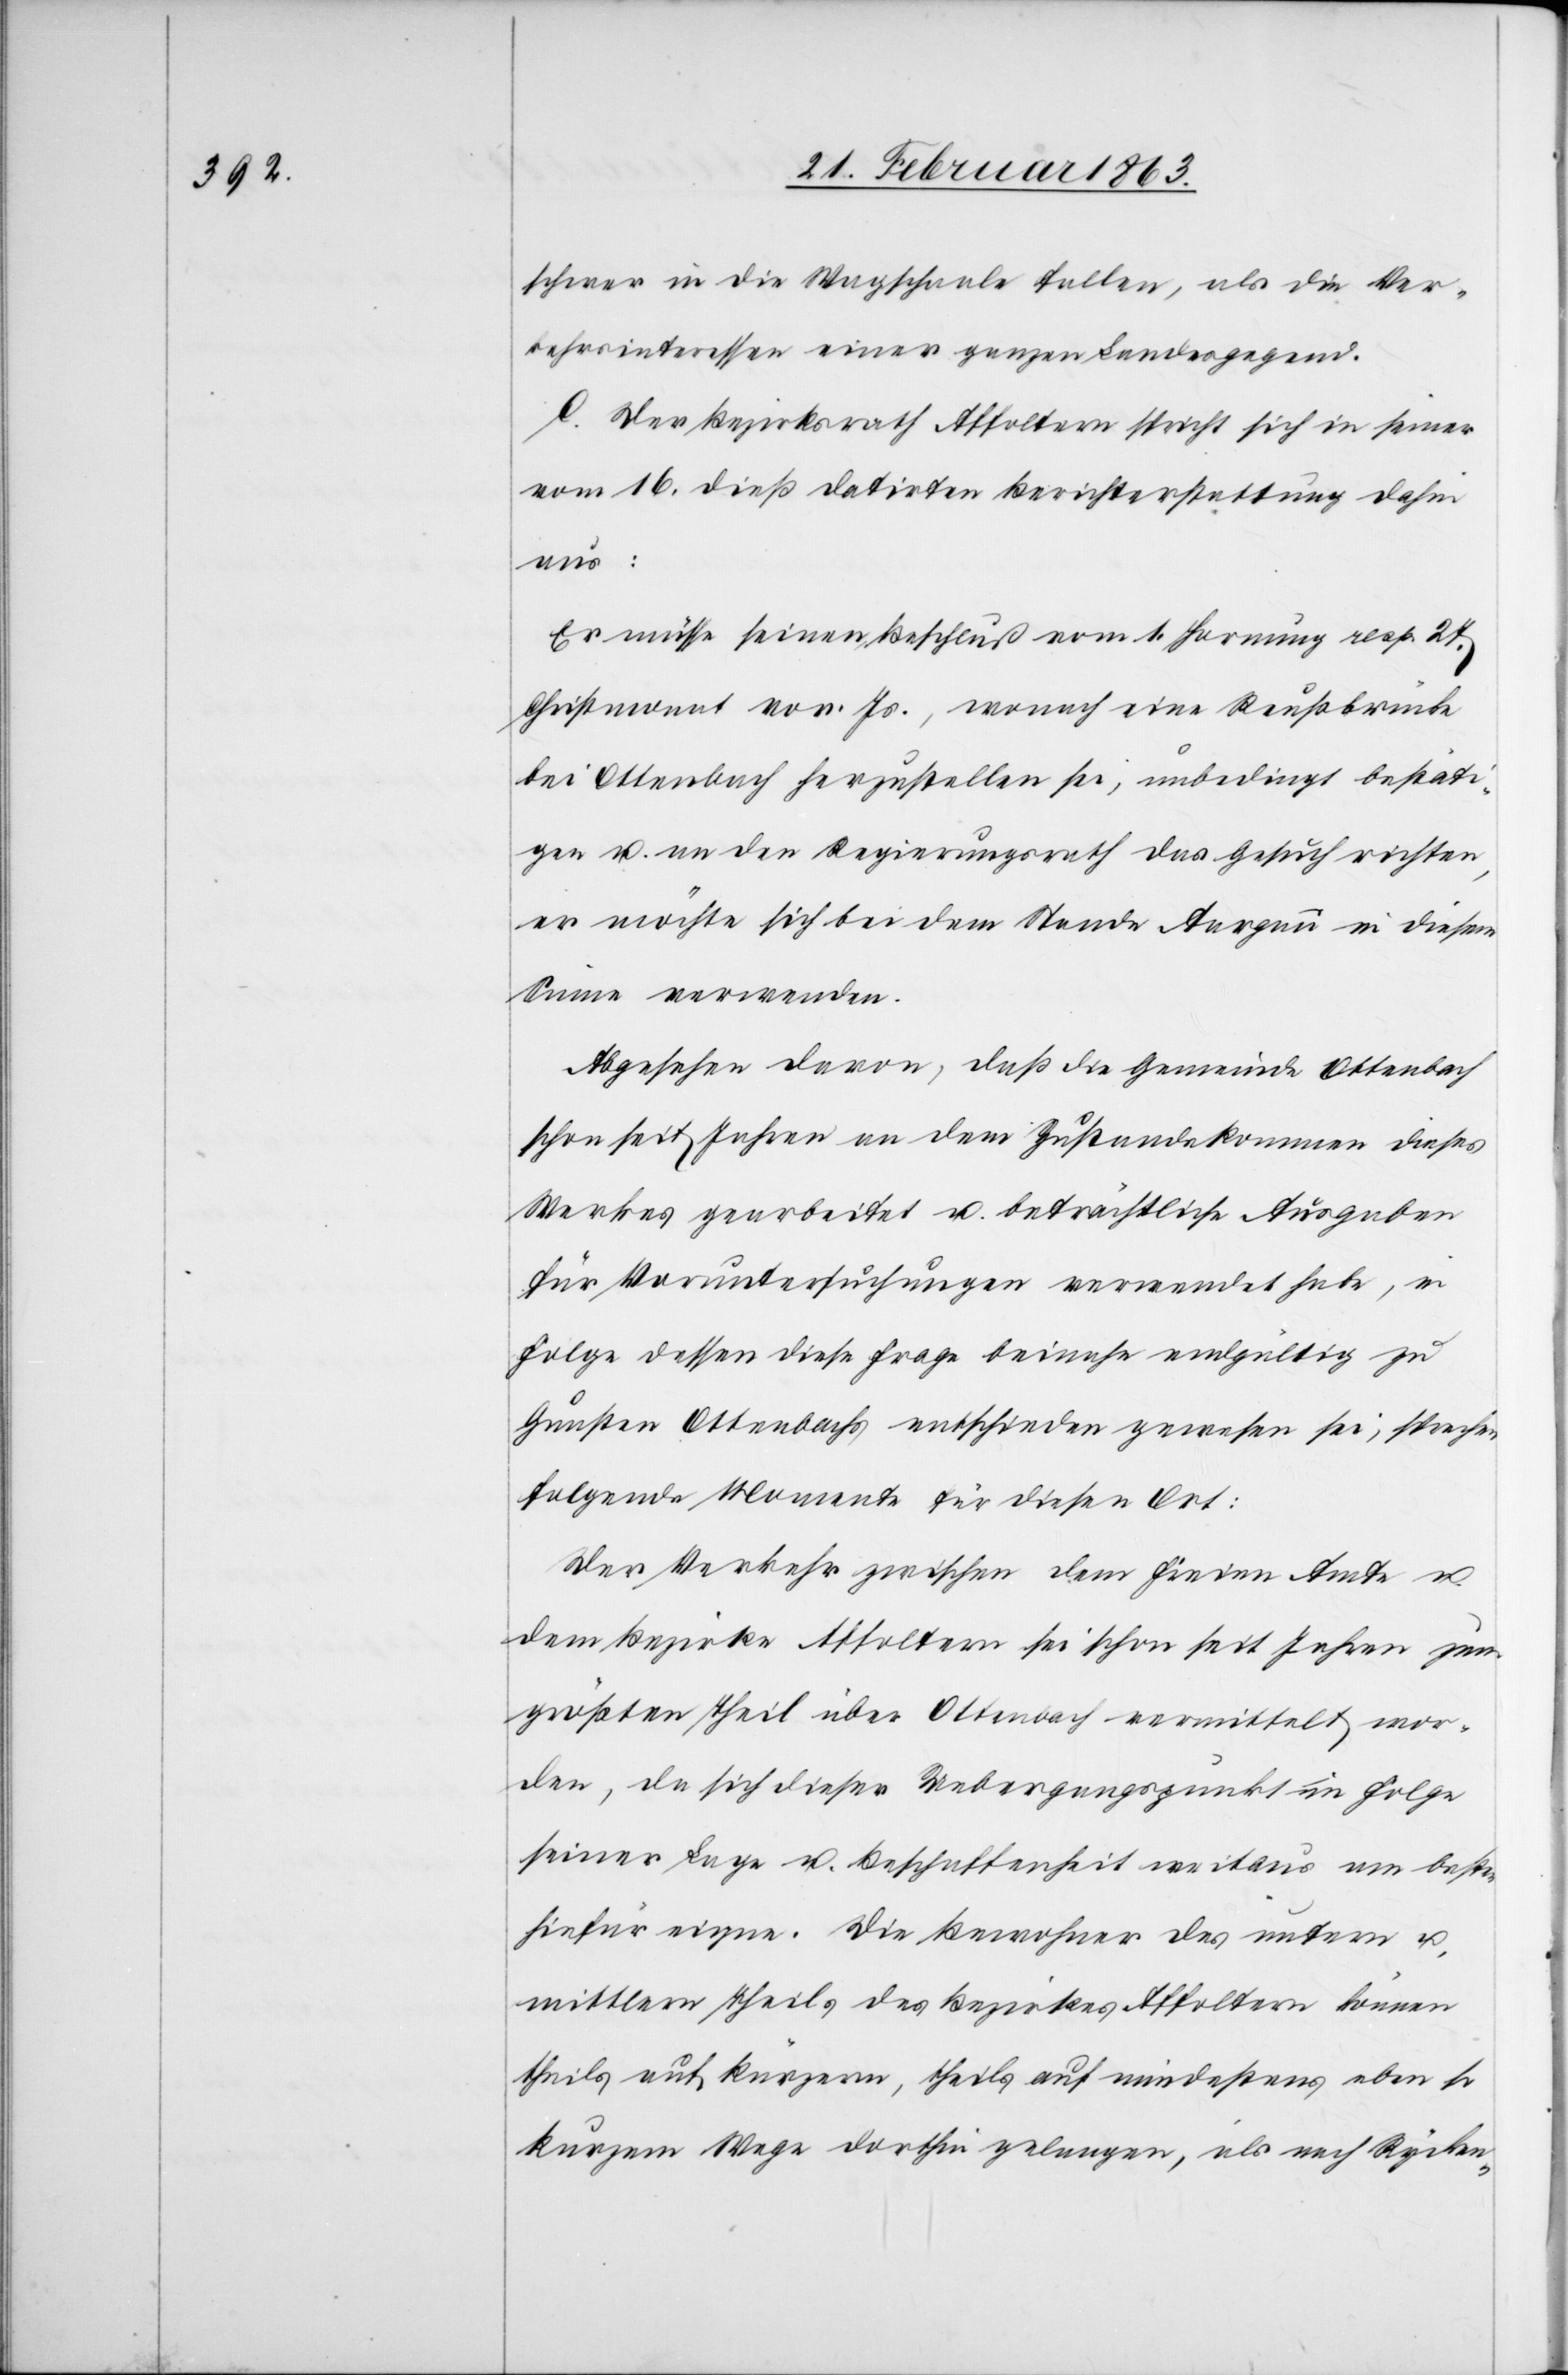
schwer in die Wagschaale fallen, als die Ver¬
kehrsinteressen einer ganzen Landesgegend.
C. Der Bezirksrath Affoltern spricht sich in seiner
vom 16. dieß datirten Berichterstattung dahin
aus:
Er müsse seinen Beschluß vom 1. Hornung resp. 27.
Christmonat vor. Js., wonach eine Reußbrücke
bei Ottenbach herzustellen sei, unbedingt bestäti¬
gen u. an den Regierungsrath das Gesuch richten,
er möchte sich bei dem Stande Aargau in diesem
Sinne verwenden.
Abgesehen davon, daß die Gemeinde Ottenbach
schon seit Jahren an dem Zustandekommen dieses
Werkes gearbeitet u. beträchtliche Ausgaben
für Voruntersuchungen verwendet habe, in
Folge dessen diese Frage beinahe endgültig zu
Gunsten Ottenbachs entschieden gewesen sei, sprechen
folgende Momente für diesen Ort:
Der Verkehr zwischen dem Freien Amte u.
dem Bezirke Affoltern sei schon seit Jahren zum
größten Theil über Ottenbach vermittelt wor¬
den, da sich dieser Uebergangspunkt in Folge
seiner Lage u. Beschaffenheit weitaus am besten
hiefür eigne. Die Bewohner des untern u.
mittlern Theils des Bezirkes Affoltern können
theils auf kürzerm, theils auf mindestens eben so
kurzem Wege dorthin gelangen, als nach Rycken-